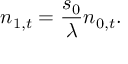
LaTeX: n _ { 1 , t } = { \frac { s _ { 0 } } { \lambda } } n _ { 0 , t } .